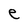
Character: e